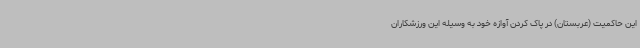
این حاکمیت (عربستان) در پاک کردن آوازه خود به وسیله این ورزشکاران